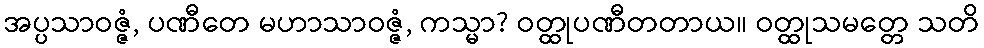
အပ္ပသာဝဇ္ဇံ, ပဏီတေ မဟာသာဝဇ္ဇံ, ကသ္မာ? ဝတ္ထုပဏီတတာယ။ ဝတ္ထုသမတ္တေ သတိ